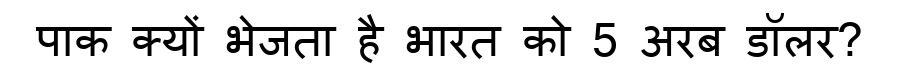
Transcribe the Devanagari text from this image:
पाक क्यों भेजता है भारत को 5 अरब डॉलर?